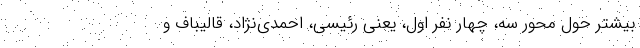
بیشتر حول محور سه، چهار نفر اول، یعنی رئیسی، احمدی‌نژاد، قالیباف و